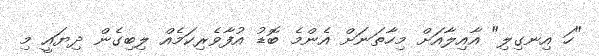
"ހަ އިނގިލި" އާއިލާއަށް މިހާތަނަށް އެންމެ ބޮޑު އުފާވެރިކަމެއް ލިބިގެން ދިޔައީ މި